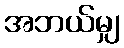
အဘယ်မျှ